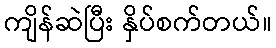
ကျိန်ဆဲပြီး နှိပ်စက်တယ်။